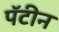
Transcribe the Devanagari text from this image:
पॅटीन